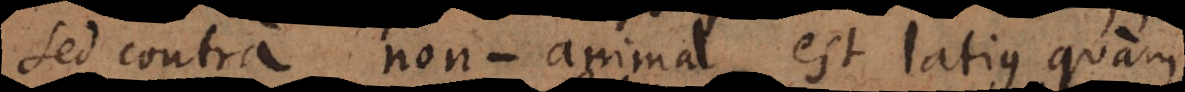
Sed contra non‐animal est latius quam